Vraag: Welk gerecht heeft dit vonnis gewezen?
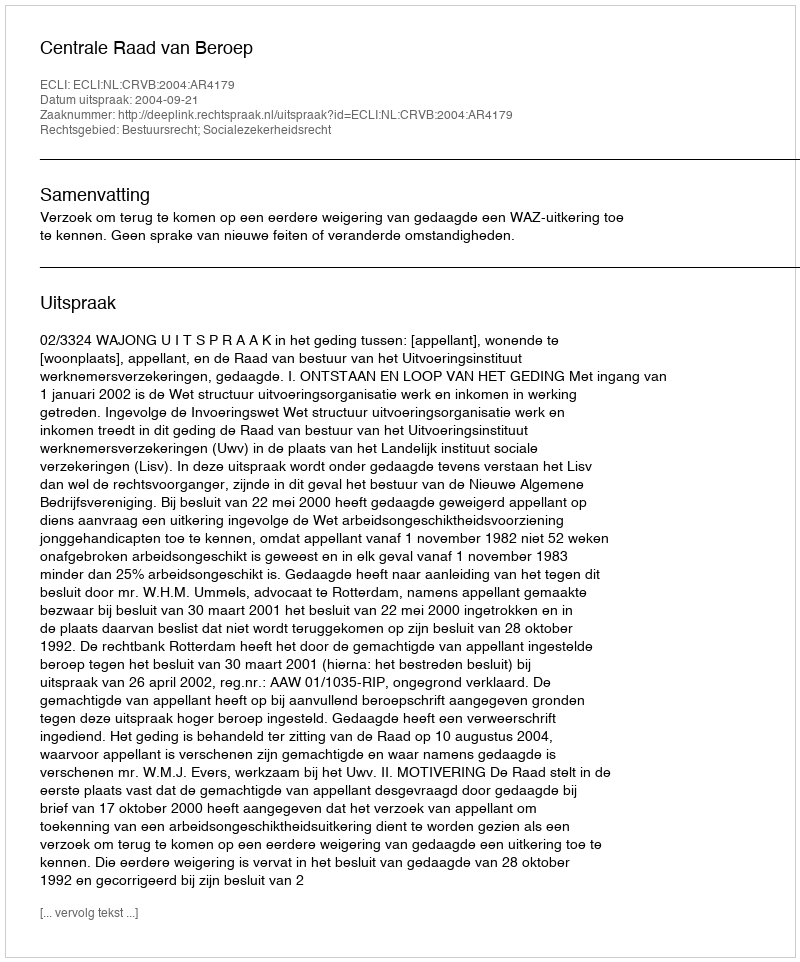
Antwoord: Centrale Raad van Beroep